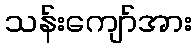
သန်းကျော်အား